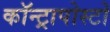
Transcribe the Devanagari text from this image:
कॉन्ट्रापोस्टो